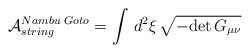
\begin{align*}\mathcal{A}^{Nambu \,\, Goto}_{string} = \int \, d^2\xi \, \sqrt{-\mbox{det}\, G_{\mu\nu} }\end{align*}